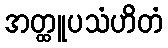
အတ္ထူပသံဟိတံ